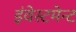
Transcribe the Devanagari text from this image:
इंवेस्टमेन्ट